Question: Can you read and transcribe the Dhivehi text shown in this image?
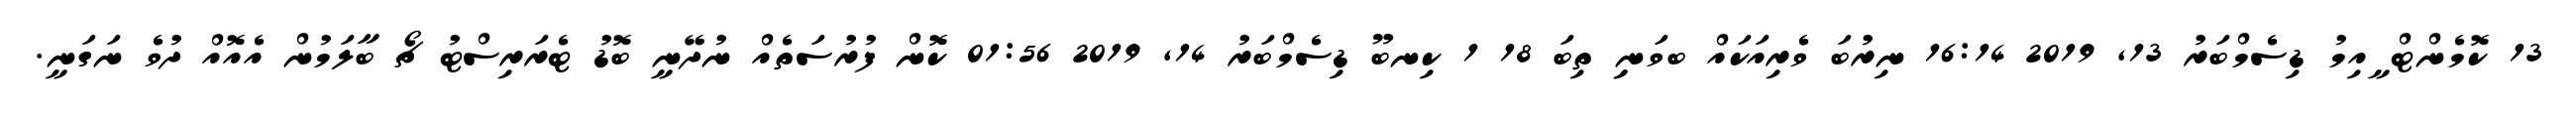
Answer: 13 ކޮމެންޓް ީއިމު ޑިސެމްބަރު 13, 2019 16:14 ނިރުބަ ވެރިއަކައް ބވަނިި ތިބަ 18 1 ކިނބޫ ޑިސެމްބަރު 14, 2019 01:56 ކޮން ފުރުސަތެއް ނުދޭނީ ބޮޑު ޓެރަރިސްޓު ޗޯ ބާލަމުން އެއޮއް ދުވެ ނަގަނީ.